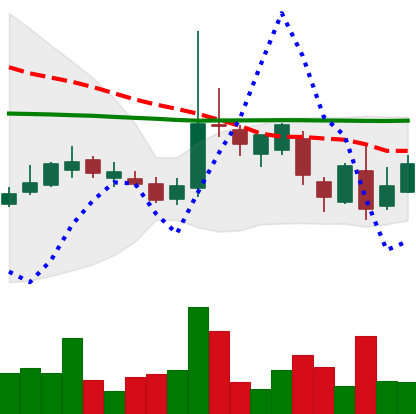
Ticker: LTC-USD
Chart end date: 2017-03-12
Forward return: 5.531%
Label: up_5_7